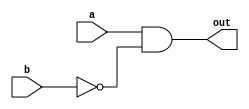
`timescale 1ns/1ps

module Universal_Gate(a, b, out);
input a, b;
output out;

assign out = a & ~b;

endmodule